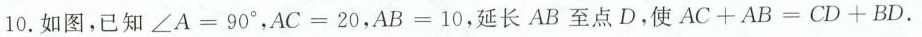
10. 如图，已知 $$∠ A = 9 0°$$，$A C = 2 0$$，$$A B = 1 0$$，延长AB至点D，使$$A C + A B = C D + B D$$ .